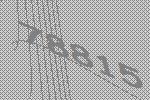
78815